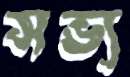
সভ্য